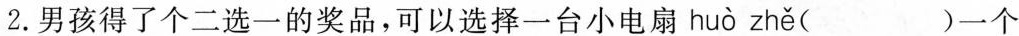
2.男孩得了个二选一的奖品，可以选择一台小电扇 huò zhě ( )一个